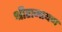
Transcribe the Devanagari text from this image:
श्रीरामायण